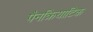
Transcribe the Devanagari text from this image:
पैनक्रियाटिक